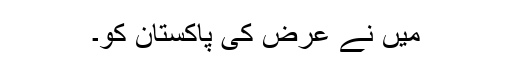
میں نے عرض کی پاکستان کو۔